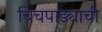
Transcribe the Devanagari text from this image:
चिंचपाड्याची